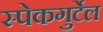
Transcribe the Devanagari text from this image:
स्पेकगुर्टेल